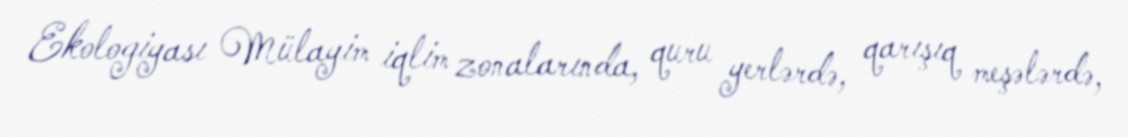
Ekologiyası Mülayim iqlim zonalarında, quru yerlərdə, qarışıq meşələrdə,